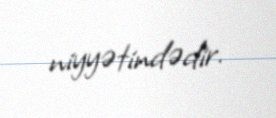
niyyətindədir.